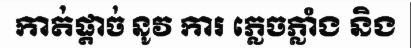
កាត់ផ្តាច់ នូវ ការ ភ្លេចភ្លាំង និង